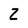
Character: Z